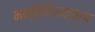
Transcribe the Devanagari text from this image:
भक्तिविजयाच्या